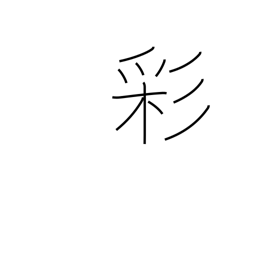
Meaning: coloring